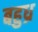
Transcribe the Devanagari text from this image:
बहुध्र